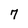
Character: 7